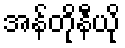
အန်တိုနီယို